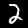
Digit: 2